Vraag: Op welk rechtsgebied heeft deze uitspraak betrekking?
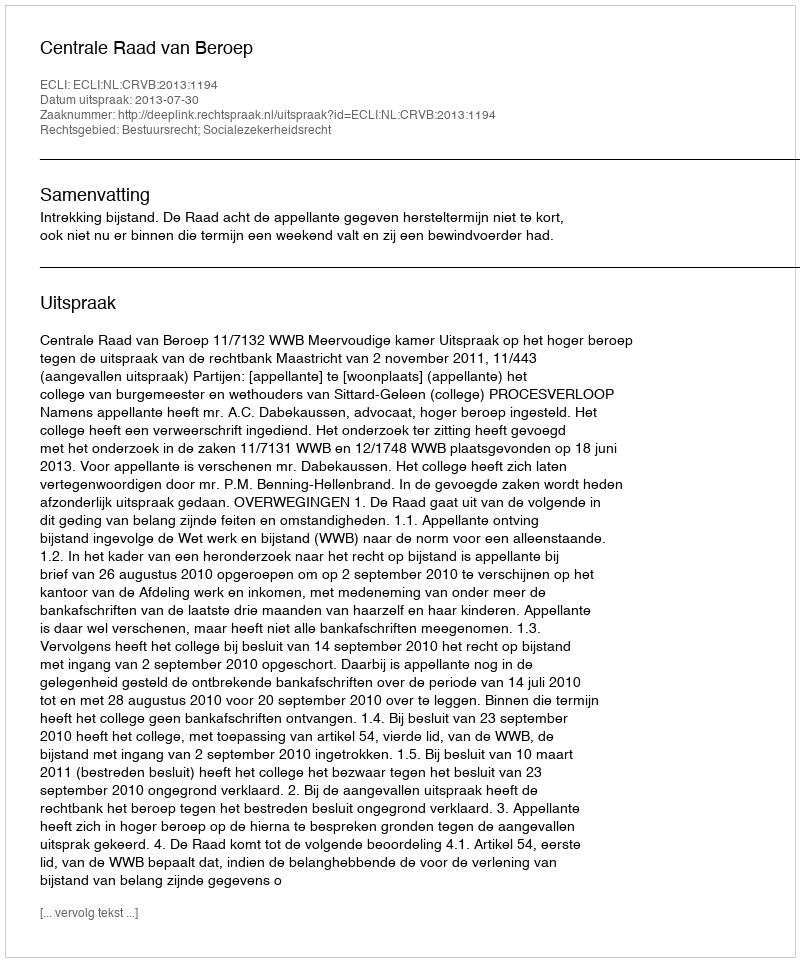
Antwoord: Bestuursrecht; Socialezekerheidsrecht